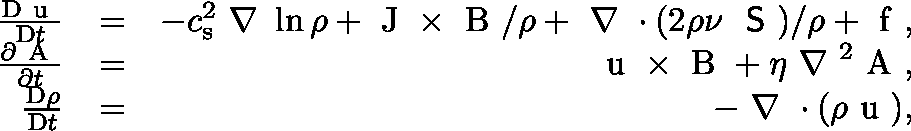
\begin{array} { r l r } { \frac { \mathrm { D } \mathrm { \boldmath ~ u ~ } } { \mathrm { D } t } } & { = } & { - c _ { \mathrm { s } } ^ { 2 } \mathrm { \boldmath ~ \nabla ~ } \ln \rho + \mathrm { \boldmath ~ J ~ } \times \mathrm { \boldmath ~ B ~ } / \rho + \mathrm { \boldmath ~ \nabla ~ } \cdot ( 2 \rho \nu \mathrm { \boldmath ~ { \sf ~ S } ~ } ) / \rho + \mathrm { \boldmath ~ f ~ } , } \\ { \frac { \partial \mathrm { \boldmath ~ A ~ } } { \partial t } } & { = } & { \mathrm { \boldmath ~ u ~ } \times \mathrm { \boldmath ~ B ~ } + \eta \mathrm { \boldmath ~ \nabla ~ } ^ { 2 } \mathrm { \boldmath ~ A ~ } , } \\ { \frac { \mathrm { D } \rho } { \mathrm { D } t } } & { = } & { - \mathrm { \boldmath ~ \nabla ~ } \cdot ( \rho \mathrm { \boldmath ~ u ~ } ) , } \end{array}